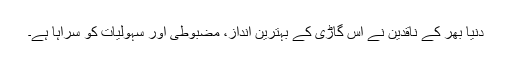
دنیا بھر کے ناقدین نے اس گاڑی کے بہترین انداز، مضبوطی اور سہولیات کو سراہا ہے۔